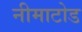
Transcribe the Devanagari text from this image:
नीमाटोड